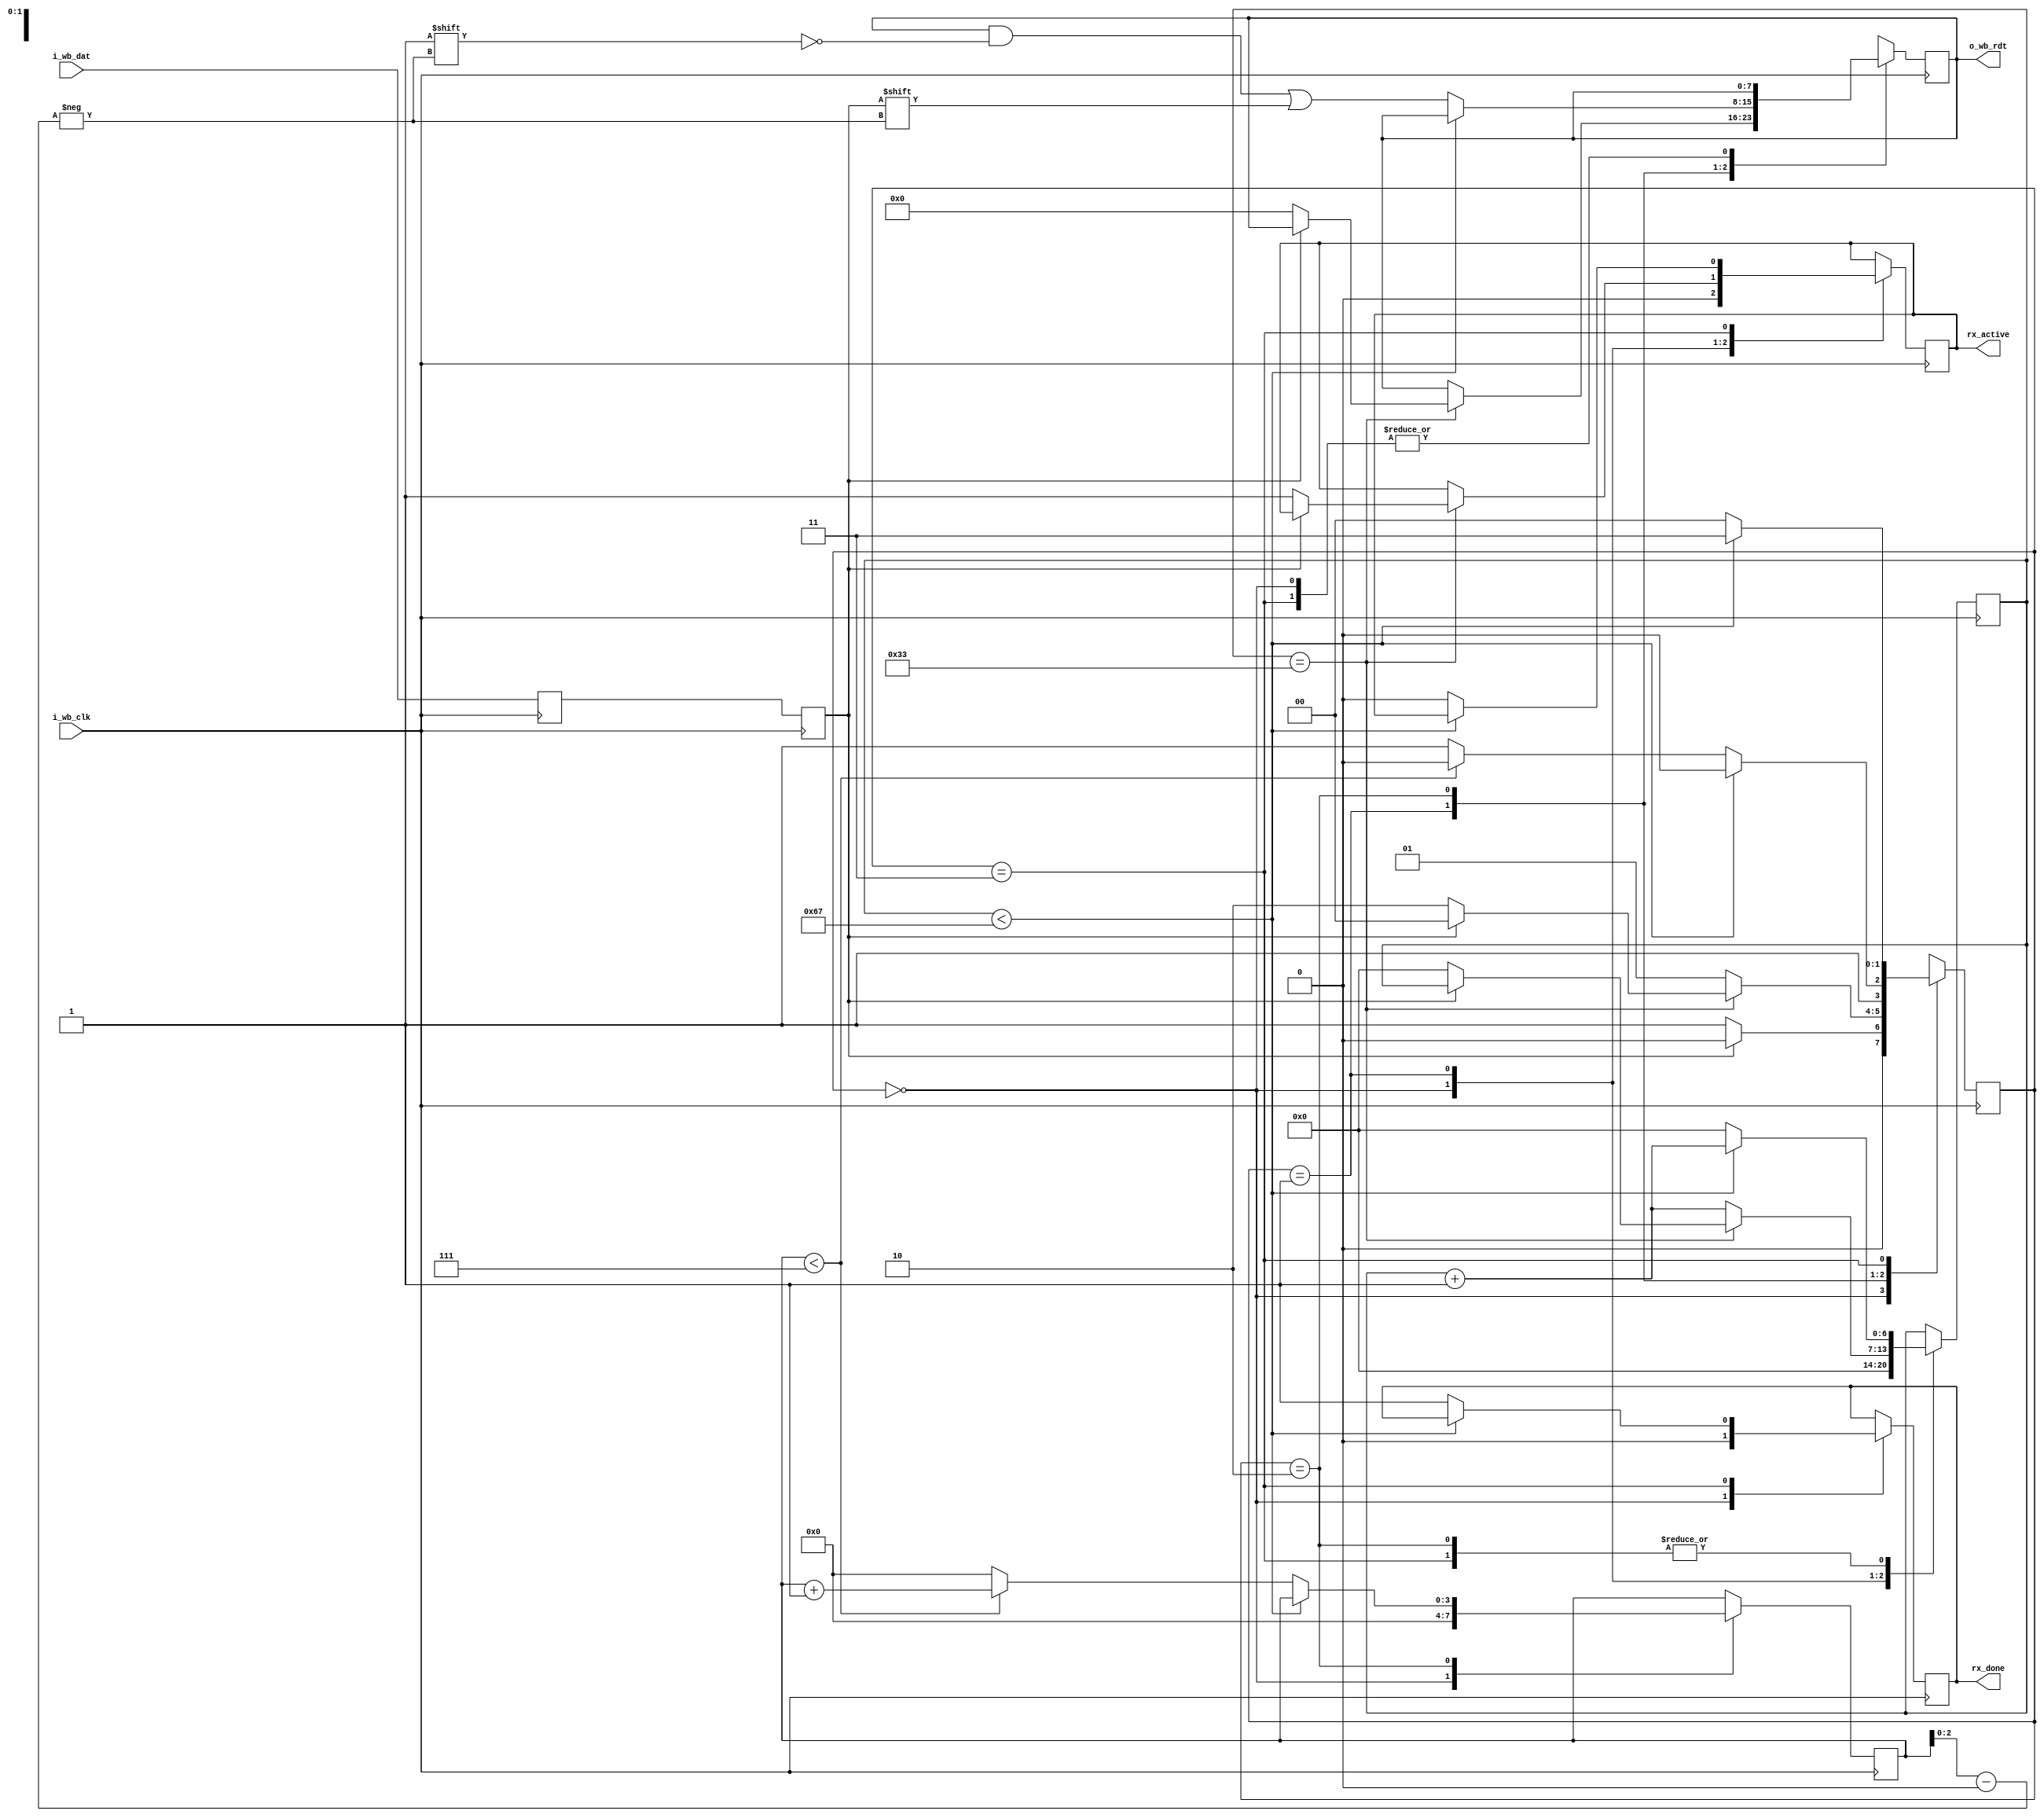
module uart_rx 
#( parameter clks_per_bit = 104,
    parameter BITS = 8 )
(
    input wire  i_wb_clk,
    //input wire  i_wb_rst,// not sure if reset is needed
    input wire  i_wb_dat,
    output wire rx_done,
    output wire rx_active,
    output wire [BITS-1:0]o_wb_rdt
);

//states
localparam  IDLE = 0;
localparam  START = 1;
localparam  RECEIVE = 2;
localparam  STOP = 3;
//localparam  CLEANUP = 4;

reg     r_Rx_temp = 1'b1;
reg     rx_bit   = 1'b1;
reg     temp_active = 1'b0;
//bytes
reg [BITS-1:0] rx_byte = 0; // temp storage for data output
//done signal
reg  temp_done = 0;

//states 
reg [3:0] data_index =0;
reg [6:0] clock_count = 0;
reg [1:0] state = IDLE;


//for metastabillity 
always @(posedge i_wb_clk) begin
    r_Rx_temp <= i_wb_dat;
    rx_bit <= r_Rx_temp; 
end

//RX statemachine
always @(posedge i_wb_clk) begin
    case (state)
        IDLE: 
        begin
            temp_done <= 1'b0;
            data_index <= 0;
            clock_count <= 0;
            temp_active <= 1'b0;

            if (rx_bit == 1'b0) 
                begin
                    state <= START;
                end
            else 
                begin
                    state <= IDLE;
                end
        end
        START:
        begin
        if(clock_count == ((clks_per_bit)/2)-1)//to get the middle of the RX bit value
            begin
                if(rx_bit == 1'b0) 
                    begin
                        temp_active <= 1'b1;
                        clock_count <= 0; //reset counter
                        state <= RECEIVE; //go to recieve state
                        rx_byte <= 0;
                    end           
                else
                    begin
                        state <= IDLE; // go back to idle
                    end
                end 
        else
            begin
                clock_count <= clock_count +1;
                state <= START;
            end
        end

        RECEIVE:
        begin
            if(clock_count < clks_per_bit-1)
                begin
                    clock_count <= clock_count+1;
                    state <= RECEIVE;
                end
            else
                begin
                    clock_count <= 0;

                    rx_byte[data_index[2:0]] <= rx_bit;
                    //check if all bist have been recieved
                    if(data_index < BITS-1)
                        begin
                            data_index <= data_index +1;
                            state <= RECEIVE;
                        end
                    //if all bits recievec got to stop state
                    else
                        begin
                            data_index <= 0;
                            state <= STOP;
                        end
                end          
        end
        STOP:
        begin
            if(clock_count < clks_per_bit-1)
                begin
                    clock_count <= clock_count + 1;
                    state <= STOP;
                end
            else
                begin
                    temp_done <= 1'b1;
                    temp_active <= 1'b0;
                    clock_count <= 0;
                    state <= IDLE;
                end
        end
        default:
            state <= IDLE;
    endcase
end
assign rx_active = temp_active;
assign o_wb_rdt = rx_byte;
assign rx_done = temp_done;
endmodule